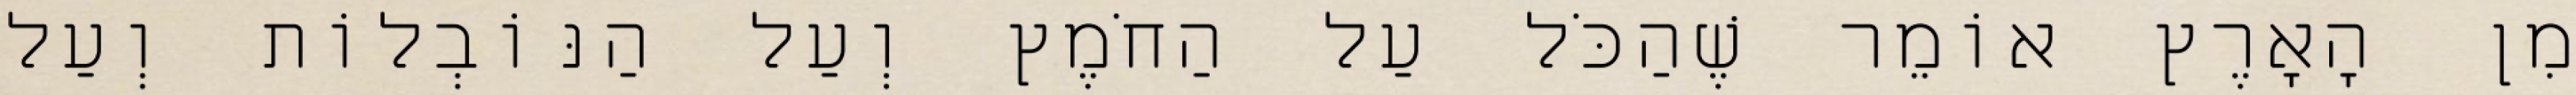
מִן הָאָרֶץ אוֹמֵר שֶׁהַכֹּל עַל הַחֹמֶץ וְעַל הַנּוֹבְלוֹת וְעַל